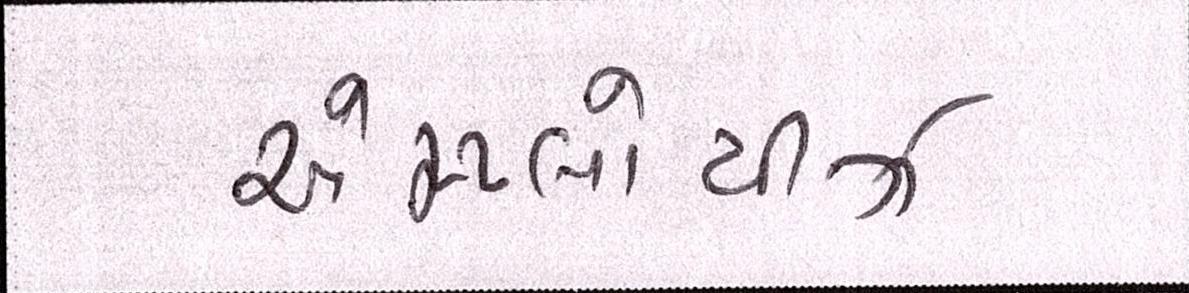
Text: એમ્પ્લોયીઝ